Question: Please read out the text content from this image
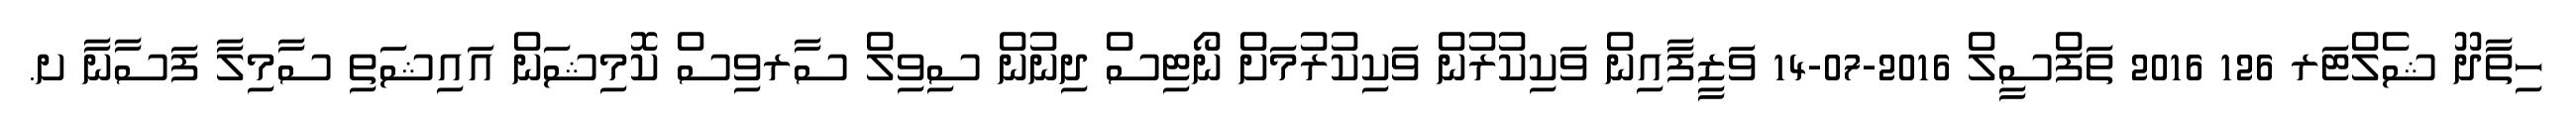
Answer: ހިތާދޫ ޝެލްޓަރ 126 2016 ތަފްސީލް 2016-07-14 ވަޒީފާއިން ވަކިކުރުން ވަކިކުރުމަށް ނޯޓިސް ދިނުން ސިވިލް ސާރވިސް ކޮމިޝަން އައިޝަތި ސާމިލާ ފަސާނާ ށ.